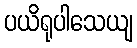
ပယိရုပါသေယျ